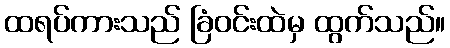
ထရပ်ကားသည် ခြံဝင်းထဲမှ ထွက်သည်။